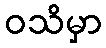
ဝသိမှာ